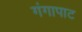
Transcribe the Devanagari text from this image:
गंगापाट